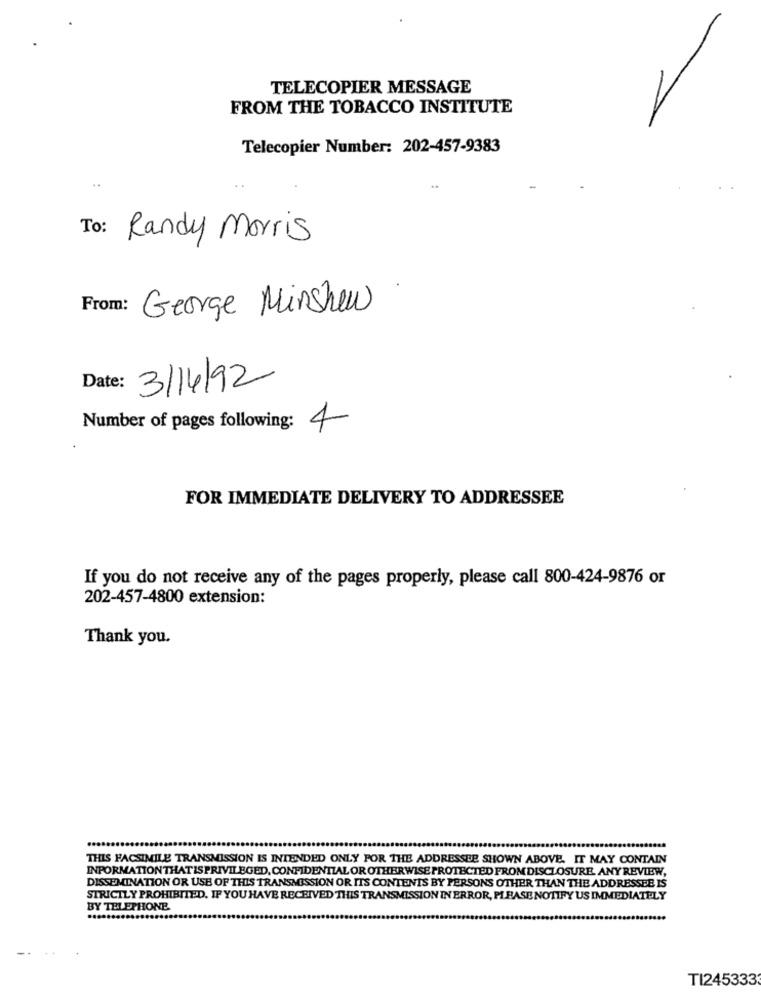
TELECOPIER MESSAGE
FROM THE TOBACCO INSTITUTE
Telecopier Number: 202-457-9383
To: Randy Morris
From: George Minshew
Date: 3/14/92
Number of pages following: 4
FOR IMMEDIATE DELIVERY TO ADDRESSEE
If you do not receive any of the pages properly, please call 800-424-9876 or
202-457-4800 extension:
Thank you.
THIS FACSIMILE TRANSMISSION IS INTENDED ONLY FOR THE ADDRESSEE SHOWN ABOVE. IT MAY CONTAIN
INFORMATIONTHATISPRIVILEGED, CONFIDENTIAL OR OTHERWISE PROTECTED FROM DISCLOSURE. ANY REVIEW,
DISSEMINATION OR USE OF THIS TRANSMISSION OR ITS CONTENTS BY PERSONS OTHER THAN THE ADDRESSEE IS
STRICTLY PROHIBITED. IF YOU HAVE RECEIVED THIS TRANSMISSION IN ERROR, PLEASE NOTIFY US IMMEDIATELY
BY TELEPHONE
..........
TI245333